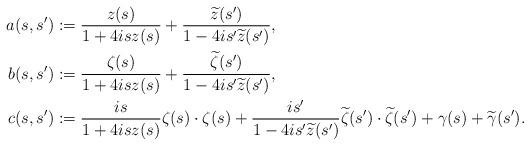
LaTeX: \begin{align*}a(s,s')&:=\frac{z(s)}{1 + 4isz(s)}+\frac{\widetilde z(s')}{1 - 4is'\widetilde z(s')},\\b(s,s')&:=\frac{\zeta(s)}{1 + 4i sz(s)}+\frac{\widetilde\zeta(s')}{1 - 4i s'\widetilde z(s')},\\c(s,s')&:=\frac{is }{1 + 4i sz(s)} \zeta(s) \cdot \zeta(s)+\frac{is' }{1 - 4i s'\widetilde z(s')} \widetilde\zeta(s') \cdot \widetilde\zeta(s')+\gamma(s)+\widetilde\gamma(s').\end{align*}